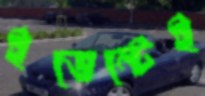
ইভেন্টেই